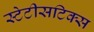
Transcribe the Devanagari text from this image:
स्टेटीसटिक्स